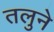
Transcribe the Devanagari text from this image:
तलुने